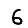
Digit: 6